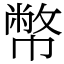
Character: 幣